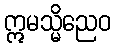
ဣမသ္မိညေဝ